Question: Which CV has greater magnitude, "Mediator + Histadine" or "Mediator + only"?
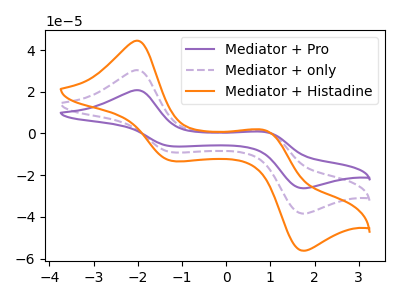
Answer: <think>The purple curve "Mediator + Pro" has anodic peaks at (-2.00V, 60.80uA) (0.90V, 2.10uA) and cathodic peaks at (-1.20V, -18.00uA) (1.75V, -76.85uA). The purple dashed curve "Mediator + only" has anodic peaks at (-2.00V, 30.40uA) (0.90V, 1.05uA) and cathodic peaks at (-1.20V, -9.00uA) (1.75V, -38.40uA). The orange curve "Mediator + Histadine" has anodic peaks at (-2.00V, 44.50uA) (0.90V, 1.55uA) and cathodic peaks at (-1.20V, -13.15uA) (1.75V, -56.20uA).
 All the peaks in "Mediator + Histadine" have a peak in "Mediator + only" at the same potential. Every peak in "Mediator + Histadine" is higher than every peak in "Mediator + only".</think>
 <answer>"Mediator + Histadine" has more signal than "Mediator + only".</answer>
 <eval>more_signal</eval>